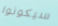
سيكونوا